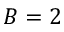
B = 2